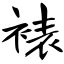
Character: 裱